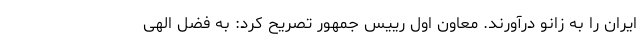
ایران را به زانو درآورند. معاون اول رییس جمهور تصریح کرد: به فضل الهی